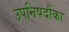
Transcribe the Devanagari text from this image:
उपनिषदौंका